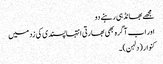
مجھے بھانڈ ہی رہنے دو
اور اب آگرہ بھی بھارتی انتہاپسندی کی زد میں
کنوار (دلہن)۔